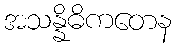
အသန္နိဓိကတေန